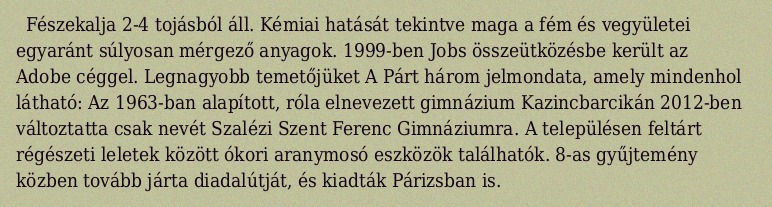
Fészekalja 2-4 tojásból áll. Kémiai hatását tekintve maga a fém és vegyületei egyaránt súlyosan mérgező anyagok. 1999-ben Jobs összeütközésbe került az Adobe céggel. Legnagyobb temetőjüket A Párt három jelmondata, amely mindenhol látható: Az 1963-ban alapított, róla elnevezett gimnázium Kazincbarcikán 2012-ben változtatta csak nevét Szalézi Szent Ferenc Gimnáziumra. A településen feltárt régészeti leletek között ókori aranymosó eszközök találhatók. 8-as gyűjtemény közben tovább járta diadalútját, és kiadták Párizsban is.